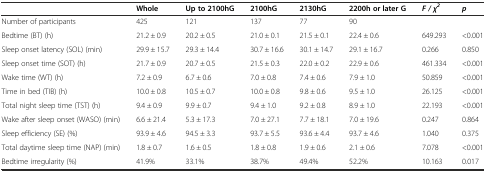
<table><thead><tr><td></td><td><b>Whole</b></td><td><b>Up to 2100hG</b></td><td><b>2100hG</b></td><td><b>2130hG</b></td><td><b>2200h or later G</b></td><td><b><i>F / χ</i><sup><i>2</i></sup></b></td><td><b><i>p</i></b></td></tr></thead><tbody><tr><td>Number of participants</td><td>425</td><td>121</td><td>137</td><td>77</td><td>90</td><td></td><td></td></tr><tr><td>Bedtime (BT) (h)</td><td>21.2 ± 0.9</td><td>20.2 ± 0.5</td><td>21.0 ± 0.1</td><td>21.5 ± 0.1</td><td>22.4 ± 0.6</td><td>649.293</td><td>&lt;0.001</td></tr><tr><td>Sleep onset latency (SOL) (min)</td><td>29.9 ± 15.7</td><td>29.3 ± 14.4</td><td>30.7 ± 16.6</td><td>30.1 ± 14.7</td><td>29.1 ± 16.7</td><td>0.266</td><td>0.850</td></tr><tr><td>Sleep onset time (SOT) (h)</td><td>21.7 ± 0.9</td><td>20.7 ± 0.5</td><td>21.5 ± 0.3</td><td>22.0 ± 0.2</td><td>22.9 ± 0.6</td><td>461.334</td><td>&lt;0.001</td></tr><tr><td>Wake time (WT) (h)</td><td>7.2 ± 0.9</td><td>6.7 ± 0.6</td><td>7.0 ± 0.8</td><td>7.4 ± 0.6</td><td>7.9 ± 1.0</td><td>50.859</td><td>&lt;0.001</td></tr><tr><td>Time in bed (TIB) (h)</td><td>10.0 ± 0.8</td><td>10.5 ± 0.7</td><td>10.0 ± 0.8</td><td>9.8 ± 0.6</td><td>9.5 ± 1.0</td><td>26.125</td><td>&lt;0.001</td></tr><tr><td>Total night sleep time (TST) (h)</td><td>9.4 ± 0.9</td><td>9.9 ± 0.7</td><td>9.4 ± 1.0</td><td>9.2 ± 0.8</td><td>8.9 ± 1.0</td><td>22.193</td><td>&lt;0.001</td></tr><tr><td>Wake after sleep onset (WASO) (min)</td><td>6.6 ± 21.4</td><td>5.3 ± 17.3</td><td>7.0 ± 27.1</td><td>7.7 ± 18.1</td><td>7.0 ± 19.6</td><td>0.247</td><td>0.864</td></tr><tr><td>Sleep efficiency (SE) (%)</td><td>93.9 ± 4.6</td><td>94.5 ± 3.3</td><td>93.7 ± 5.5</td><td>93.6 ± 4.4</td><td>93.7 ± 4.6</td><td>1.040</td><td>0.375</td></tr><tr><td>Total daytime sleep time (NAP) (min)</td><td>1.8 ± 0.7</td><td>1.6 ± 0.5</td><td>1.8 ± 0.8</td><td>1.9 ± 0.6</td><td>2.1 ± 0.6</td><td>7.078</td><td>&lt;0.001</td></tr><tr><td>Bedtime irregularity (%)</td><td>41.9%</td><td>33.1%</td><td>38.7%</td><td>49.4%</td><td>52.2%</td><td>10.163</td><td>0.017</td></tr></tbody></table>